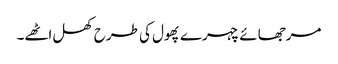
مرجھائے چہرے پھول کی طرح کھل اٹھے۔